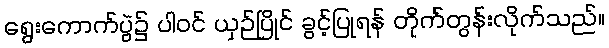
ရွေးကောက်ပွဲ၌ ပါဝင် ယှဉ်ပြိုင် ခွင့်ပြုရန် တိုက်တွန်းလိုက်သည်။